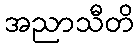
အညာသီတိ